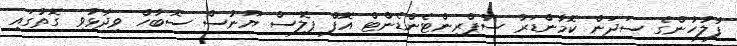
ފުލުހުންގެ ސަދަން ކޮމާންޑަރު ސުޕްރިންޓެންޑެންޓް އޮފް ޕޮލިސް ޔޫނުސް ސޮބާހް ވިދާޅުވި ގޮތުގައި